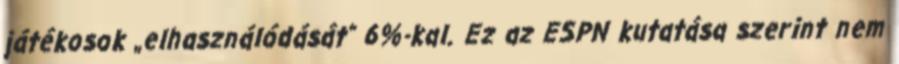
játékosok „elhasználódását” 6%-kal. Ez az ESPN kutatása szerint nem